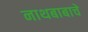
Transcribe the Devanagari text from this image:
नाथबाबाचे